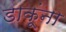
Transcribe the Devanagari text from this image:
डाकूंना